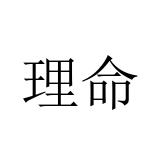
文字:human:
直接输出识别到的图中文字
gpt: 理命